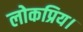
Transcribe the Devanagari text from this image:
लोकप्रिय।